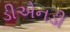
ડીએનડી